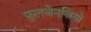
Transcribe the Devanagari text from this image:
फ़ुलजेनज़ियो